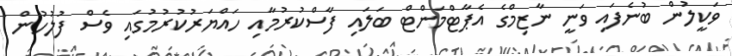
ވަކީލުން ބުނެފައި ވަނީ ނާޒިމްގެ އެޕާޓްމަންޓް ބަލައި ފާސްކުރުމާއި ހައްޔަރުކުރުމުގައި ވެސް ފުލުހުން